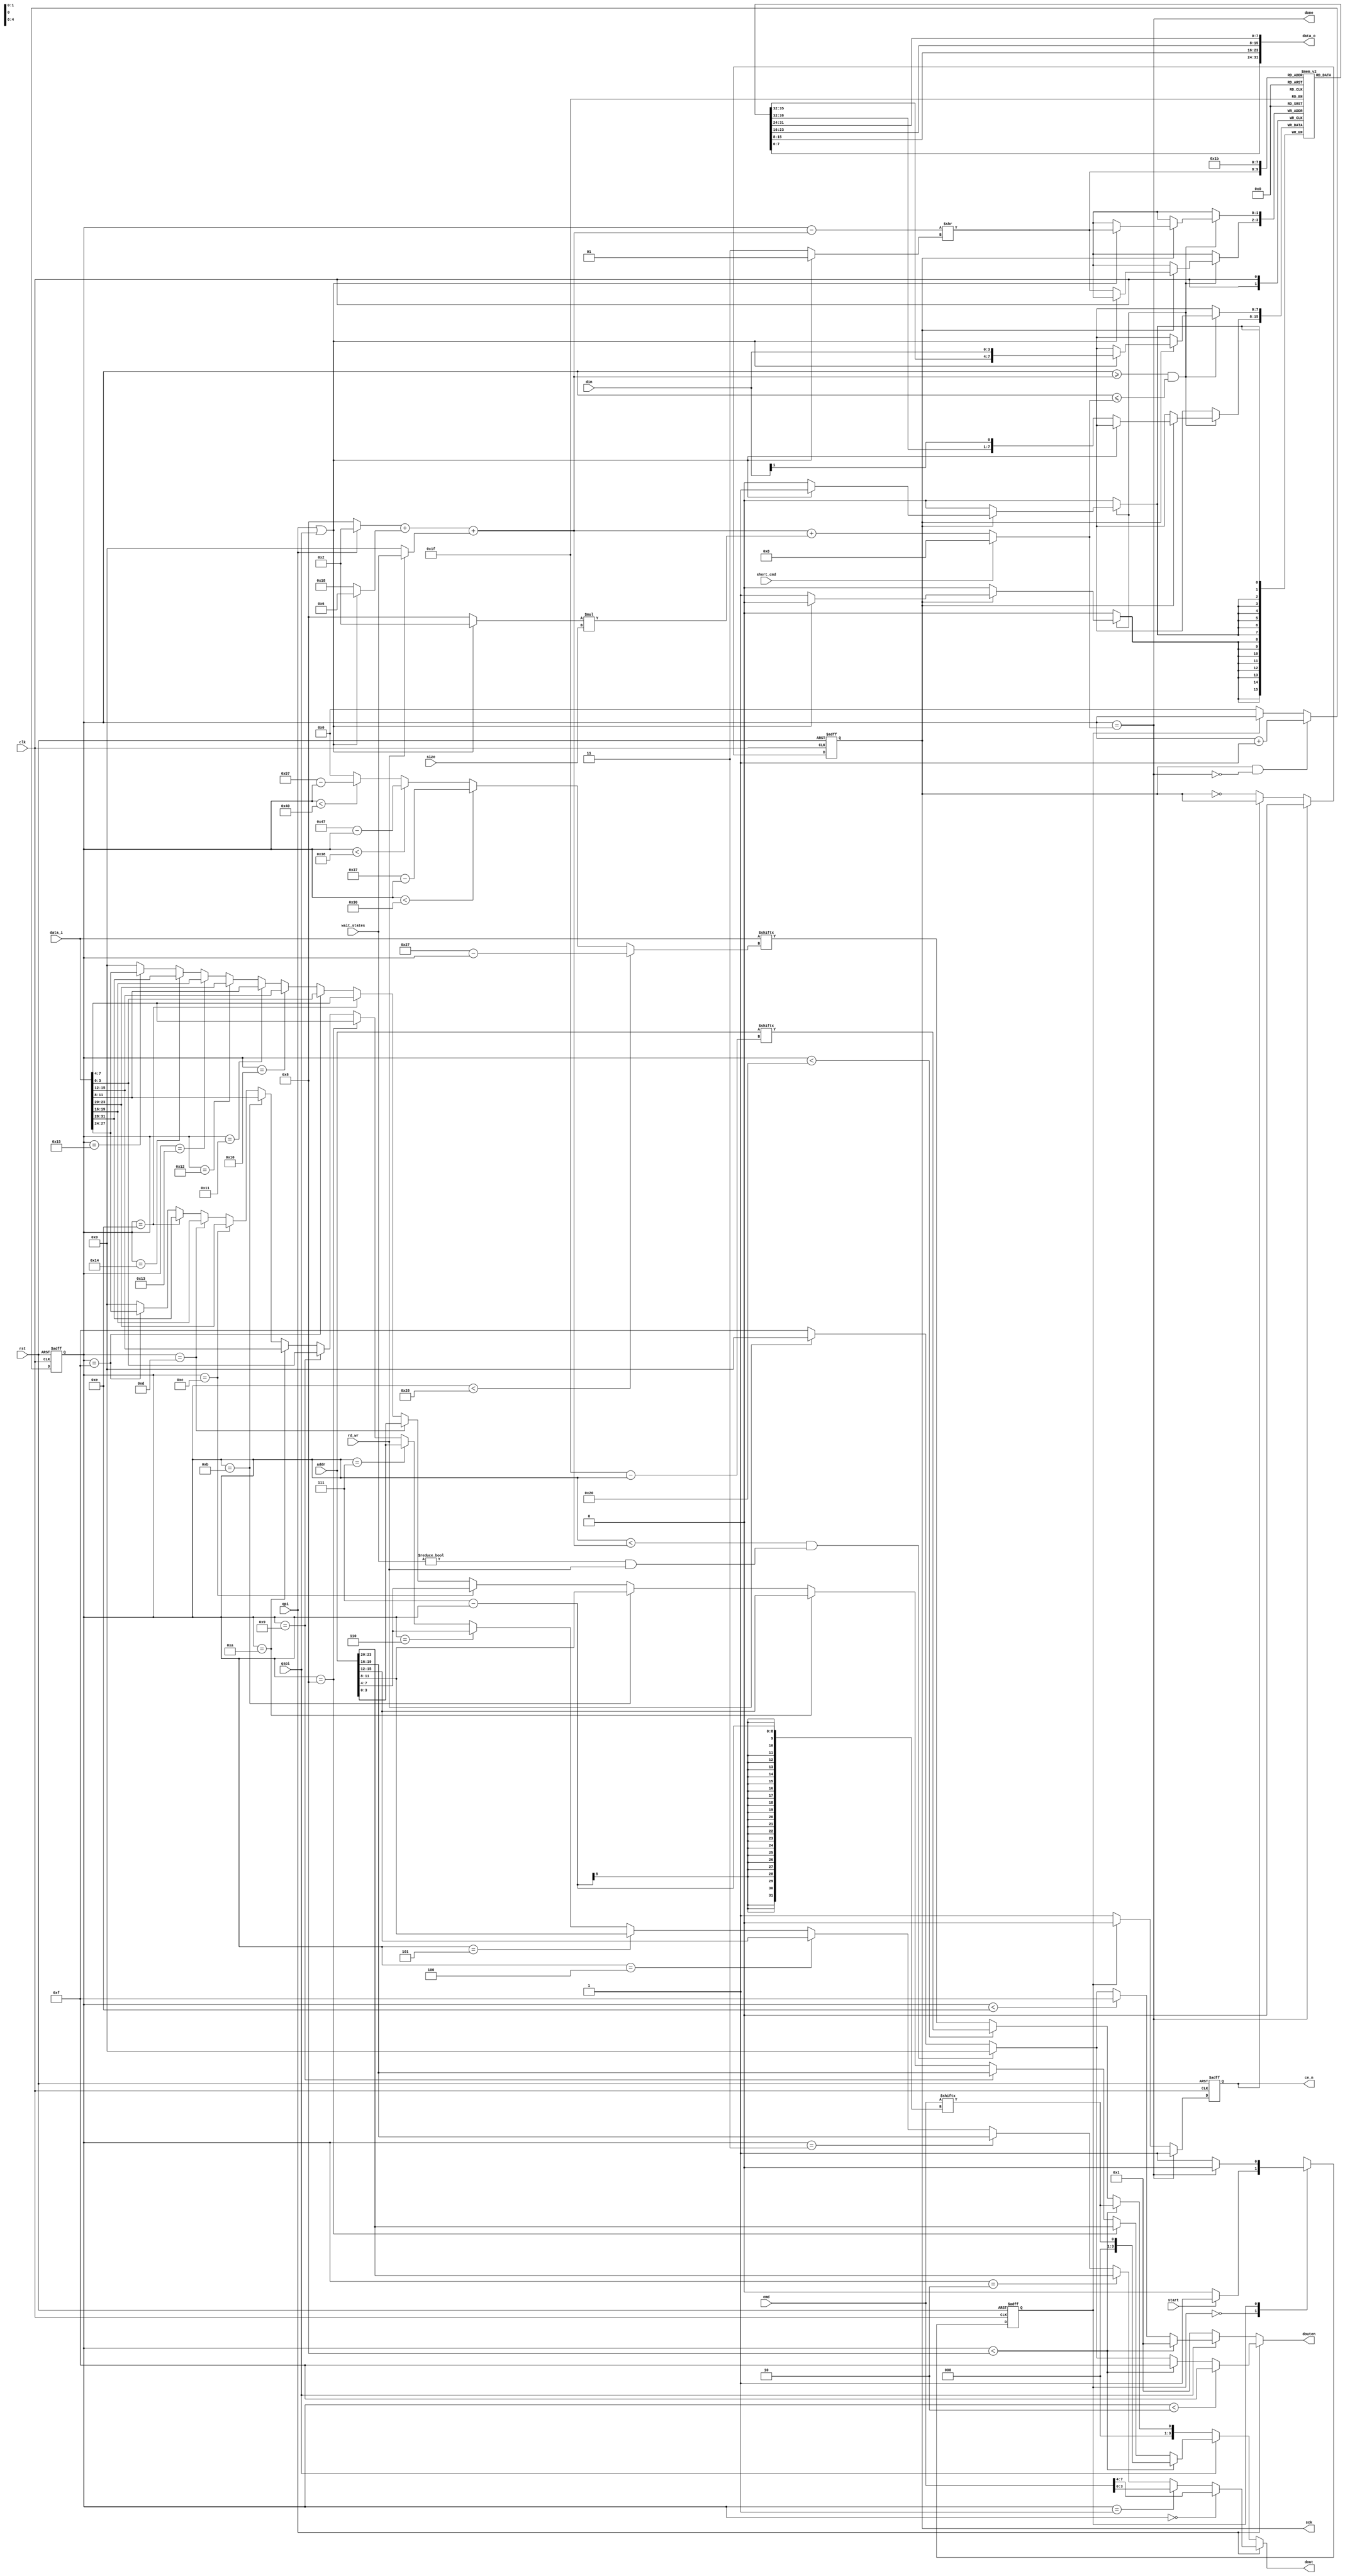
// This program was cloned from: https://github.com/Lefteris-B/ecko_efabless
// License: Apache License 2.0

module EF_PSRAM_CTRL_V2 (
    input   wire            clk,
    input   wire            rst,
    input   wire [23:0]     addr,
    input   wire [31: 0]    data_i,
    output  wire [31: 0]    data_o,
    input   wire [2:0]      size,
    input   wire            start,
    output  wire            done,
    input   wire  [3:0]     wait_states,
    input   wire  [7:0]     cmd,
    input   wire            rd_wr,
    input   wire            qspi,
    input   wire            qpi,
    input   wire            short_cmd,
    
    output  reg             sck,
    output  reg             ce_n,
    input   wire [3:0]      din,
    output  wire [3:0]      dout,
    output  wire [3:0]      douten
);
    localparam  IDLE = 1'b0, 
                BUSY = 1'b1;

    reg         state, nstate;
    reg [7:0]   counter;
    reg [23:0]  saddr;
    reg [7:0]   data [3:0]; 

    //wire[7:0]   CMD_38H = 8'h38;

    always @*
        case (state)
            IDLE: if(start) nstate = BUSY; else nstate = IDLE;
            BUSY: if(done) nstate = IDLE; else nstate = BUSY;
        endcase 

    always @ (posedge clk or posedge rst)
        if(rst) state <= IDLE;
        else state <= nstate;

    // Drive the Serial Clock (sck) @ clk/2 
    always @ (posedge clk or posedge rst)
        if(rst) 
            sck <= 1'b0;
        else if(done)//(state == IDLE) 
            sck <= 1'b0;
        else if(~ce_n) 
            sck <= ~ sck;
        

    // ce_n logic
    always @ (posedge clk or posedge rst)
        if(rst) 
            ce_n <= 1'b1;
        else if(done)
            ce_n <= 1'b1;
        else if (state == BUSY) 
            ce_n <= 1'b0;
        else 
            ce_n <= 1'b1;

    // The transaction counter
    wire [7:0]  wait_start  = (~qpi ? 8 : 2)                    // The command 
                            + ((qpi | qspi) ? 6 : 24);          // The Address        
    wire [7:0]  data_start  = wait_start + (rd_wr ? wait_states : 0);
    wire [7:0]  data_count  = ((qpi | qspi) ? 2 : 8) * size;    
    wire [7:0]  final_count = short_cmd ? 8 : data_start + data_count;
    
    assign done     = (counter == final_count);

    always @ (posedge clk or posedge rst)
        if(rst) 
            counter <= 8'b0;
        else if(sck & ~done) 
            counter <= counter + 1'b1;
        else if(state == IDLE) 
            counter <= 8'b0;

    // Data Out
    wire [3:0]      dout_spi;
    wire [3:0]      dout_qspi;
    wire [3:0]      dout_qpi;
    
    wire [7:0]      spi_bit_index = (counter < 40)  ?   39 - (counter)  :
                                    (counter < 48)  ?   55 - (counter)  :
                                    (counter < 56)  ?   71 - (counter)  :
                                    (counter < 64)  ?   87 - (counter)  :
                                    0;

    assign dout_spi =   (counter < 8)   ?   cmd[7 - counter]            :
                        (counter < 32)  ?   addr[31 - counter]          : 
                        data_i[spi_bit_index];
                        
                        
    assign dout_qspi=   (counter < 8)   ?   cmd[7 - counter]            :
                        (counter == 8)  ?   addr[23:20]                 : 
                        (counter == 9)  ?   addr[19:16]                 :
                        (counter == 10) ?   addr[15:12]                 :
                        (counter == 11) ?   addr[11:8]                  :
                        (counter == 12) ?   addr[7:4]                   :
                        (counter == 13) ?   addr[3:0]                   :
                        (counter == 14) ?   data_i[7:4]                 :
                        (counter == 15) ?   data_i[3:0]                 :
                        (counter == 16) ?   data_i[15:12]               :
                        (counter == 17) ?   data_i[11:8]                :
                        (counter == 18) ?   data_i[23:20]               :
                        (counter == 19) ?   data_i[19:16]               :
                        (counter == 20) ?   data_i[31:28]               :                   
                        (counter == 21) ?   data_i[27:24]                 :
                        4'b0000;

    assign dout_qpi =   (counter == 0)  ?   cmd[7:4]                    :
                        (counter == 1)  ?   cmd[3:0]                    :
                        (counter == 2)  ?   addr[23:20]                 : 
                        (counter == 3)  ?   addr[19:16]                 :
                        (counter == 4)  ?   addr[15:12]                 :
                        (counter == 5)  ?   addr[11:8]                  :
                        (counter == 6)  ?   addr[7:4]                   :
                        (counter == 7)  ?   addr[3:0]                   :
                        (counter == 8)  ?   data_i[7:4]                 :
                        (counter == 9)  ?   data_i[3:0]                 :
                        (counter == 10) ?   data_i[15:12]               :
                        (counter == 11) ?   data_i[11:8]                :
                        (counter == 12) ?   data_i[23:20]               :
                        (counter == 13) ?   data_i[19:16]               :
                        (counter == 14) ?   data_i[31:28]               :                   
                        (counter == 15) ?   data_i[27:24]                 :
                        4'b0000;
    
    assign  dout    =   qpi     ?   dout_qpi    :
                        qspi    ?   dout_qspi   :
                        dout_spi;
         
    // Data In
    wire [7:0]  byte_index = (counter - data_start) >> ((qpi | qspi) ? 1 : 3);
    always @ (posedge clk)
        if(counter >= data_start && counter <= final_count)
            if(sck) 
                if(qpi | qspi) 
                    data[byte_index] <= {data[byte_index][3:0], din}; 
                else
                    data[byte_index] <= {data[byte_index][6:0], din[1]};  
    assign data_o = {data[3], data[2], data[1], data[0]};

    // Out Enable
    wire [3:0]  douten_qpi;
    wire [3:0]  douten_qspi;
    wire [3:0]  douten_spi;
    wire        has_wait_states = (wait_states != 0) & rd_wr;
    assign douten_spi   =   4'b0001;
    assign douten_qspi  =   (counter < 8)                               ?   4'b0001 :
                            (counter < 14)                              ?   4'b1111 :
                            ((counter < data_start) & has_wait_states)  ?   4'b0000 :
                            (rd_wr)                                     ?   4'b0000 :
                            4'b1111;
    assign douten_qpi   =   (counter < 2)                               ?   4'b1111 :
                            (counter < 8)                               ?   4'b1111 :
                            ((counter < data_start) & has_wait_states)  ?   4'b0000 :
                            (rd_wr)                                     ?   4'b0000 :
                            4'b1111;
                            
    assign  douten      =   qpi     ?   douten_qpi    :
                            qspi    ?   douten_qspi   :
                            douten_spi;

endmodule